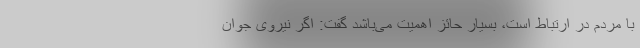
با مردم در ارتباط است، بسیار حائز اهمیت می‌باشد گفت: اگر نیروی جوان